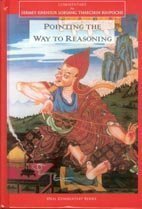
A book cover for Pointing the Way to Reasoning Commentaries to Compendium of Debates, Types of Mind, Analysis of Reasons; Religion & Spirituality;